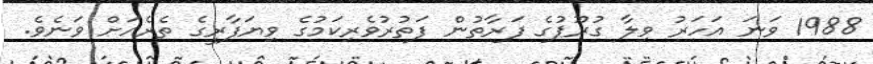
1988 ވަނަ އަހަރު ވިލާ ގުރޫޕުގެ ފަރާތުން ފަތުރުވެރިކަމުގެ ވިޔަފާރީގެ ތެރެއަށް ވަނެވެ.